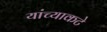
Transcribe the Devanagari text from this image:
यांच्याकटे